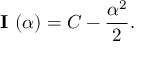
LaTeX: { \textbf { I } } ( \alpha ) = C - { \frac { \alpha ^ { 2 } } { 2 } } .